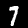
Label: 7